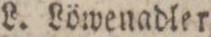
L. Löwenadler.